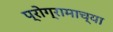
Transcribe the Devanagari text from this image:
प्रोग्रामाच्या